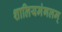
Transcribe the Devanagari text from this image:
शालियमंगलम्‌